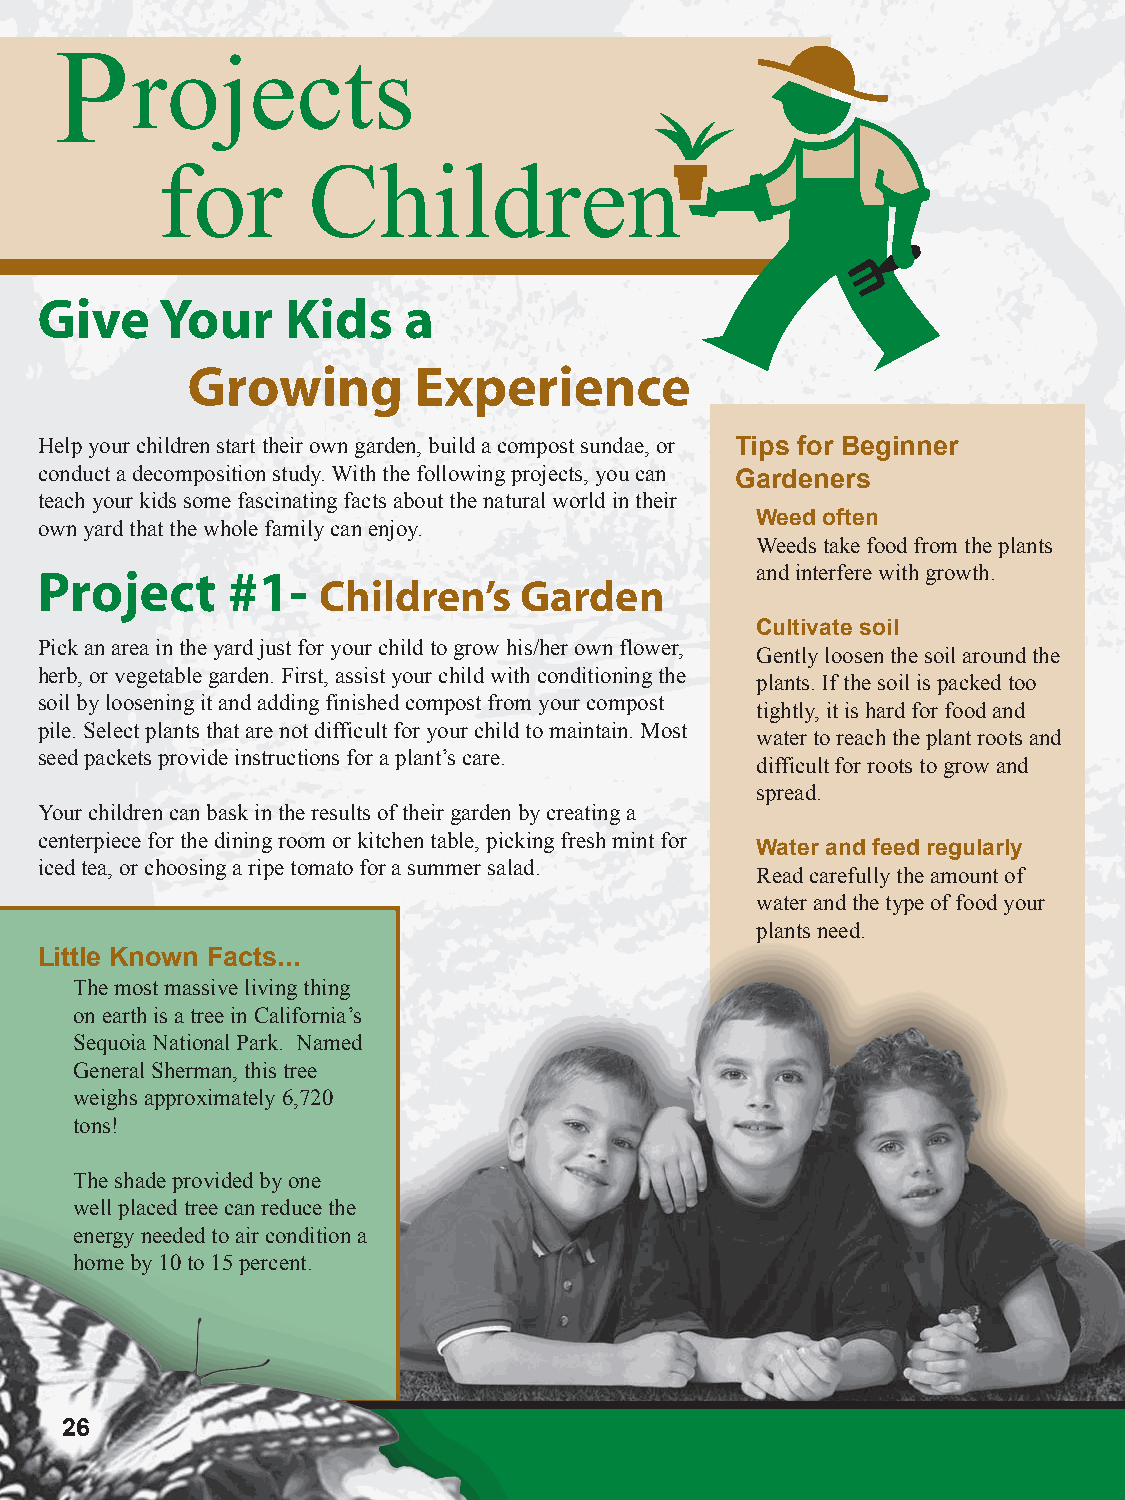
Projects
 for       Children
 Give     Your    Kids    a
 Growing        Experience
 Help your children start their own garden, build a compost sundae, or Tips for Beginner
 conduct a decomposition study. With the following projects, you can Gardeners
 teach your kids some fascinating facts about the natural world in their
 Weed often
 own yard that the whole family can enjoy.
 Weeds take food from the plants
 Project      #1-                                and interfere with growth.
 Children’s   Garden
 Cultivate soil
 Pick an area in the yard just for your child to grow his/her own flower,
 Gently loosen the soil around the
 herb, or vegetable garden. First, assist your child with conditioning the
 plants. If the soil is packed too
 soil by loosening it and adding finished compost from your compost
 tightly, it is hard for food and
 pile. Select plants that are not difficult for your child to maintain. Most
 water to reach the plant roots and
 seed packets provide instructions for a plant’s care.
 difficult for roots to grow and
 spread.
 Your children can bask in the results of their garden by creating a
 centerpiece for the dining room or kitchen table, picking fresh mint for
 Water and feed regularly
 iced tea, or choosing a ripe tomato for a summer salad.
 Read carefully the amount of
 water and the type of food your
 plants need.
 Little Known Facts...
 The most massive living thing
 on earth is a tree in California’s
 Sequoia National Park. Named
 General Sherman, this tree
 weighs approximately 6,720
 tons!
 The shade provided by one
 well placed tree can reduce the
 energy needed to air condition a
 home by 10 to 15 percent.
 26